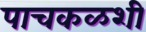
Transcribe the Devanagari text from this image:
पाचकळशी